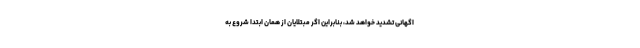
اگهانی تشدید خواهد شد، بنابراین اگر مبتلایان از همان ابتدا شروع به